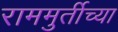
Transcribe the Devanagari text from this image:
राममुर्तीच्या